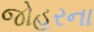
જોહરના